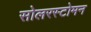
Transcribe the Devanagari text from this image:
सोलरस्टोमन